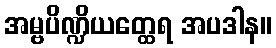
အမ္ဗပိဏ္ဍိယတ္ထေရ အပဒါန။